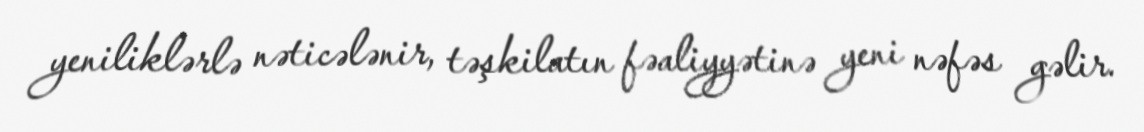
yeniliklərlə nəticələnir, təşkilatın fəaliyyətinə yeni nəfəs gəlir.